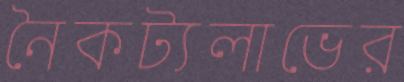
নৈকট্যলাভের